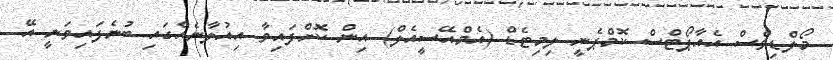
މޯލްޑިވްސް އެއާޕޯޓްސް ކޮމްޕެނީ ލިމިޓެޑް (އެމްއޭސީއެލް) އިން ކޮށްފައިވާ އިއުލާނެއްގައި ބުނެފައިވަނީ އޭ